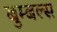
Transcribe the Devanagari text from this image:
बुम्बल्स